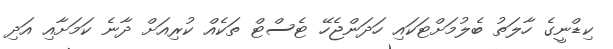
ކިޑްނީގެ ހާލަތު ބެލުމަށްޓަކައި ހަދަންޖެހޭ ޓެސްޓް ތަކެއް ކުރިއަށް ދާނެ ކަމަށާއި އަދި